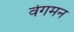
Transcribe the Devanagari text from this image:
वेगमन